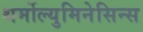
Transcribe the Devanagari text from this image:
थर्मोल्युमिनेसिन्स